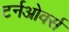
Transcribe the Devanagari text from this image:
टर्नओवर्स